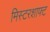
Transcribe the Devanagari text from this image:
मिस्टरशाफ्ट